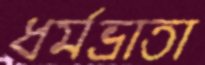
ধর্মভ্রাতা